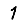
Digit: 1